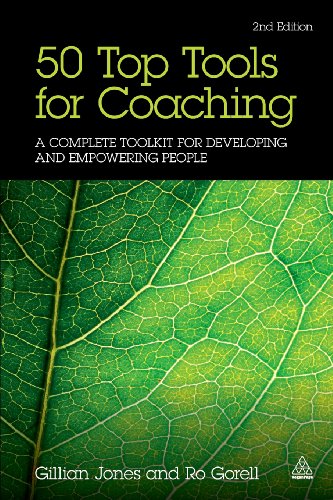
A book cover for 50 Top Tools for Coaching: A Complete Toolkit for Developing and Empowering People; Gillian Jones; Business & Money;